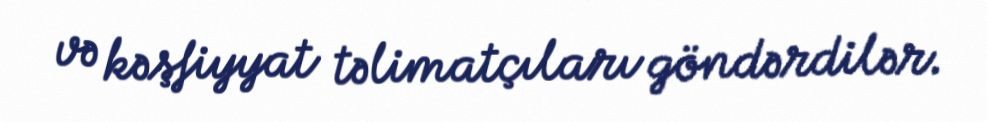
və kəşfiyyat təlimatçıları göndərdilər.